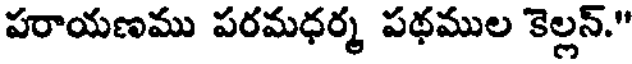
పరాయణము పరమధర్మ పథముల కెల్లన్."